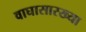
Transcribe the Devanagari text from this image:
वाघासारख्या